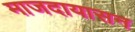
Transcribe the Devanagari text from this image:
माजदायासन